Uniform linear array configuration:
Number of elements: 16
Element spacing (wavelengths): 0.25
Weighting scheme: blackman
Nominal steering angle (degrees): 15
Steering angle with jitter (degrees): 13.828
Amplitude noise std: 0.05
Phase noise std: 0.05

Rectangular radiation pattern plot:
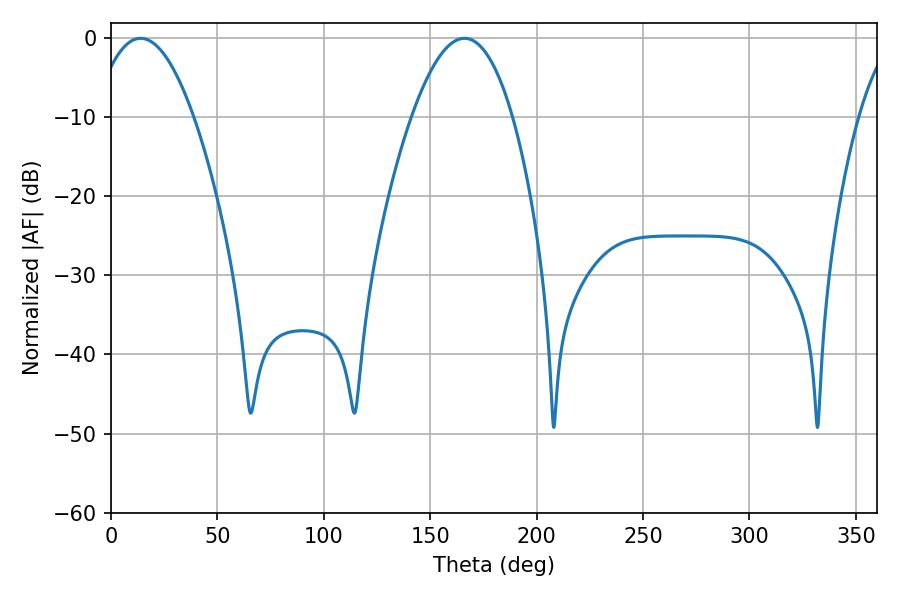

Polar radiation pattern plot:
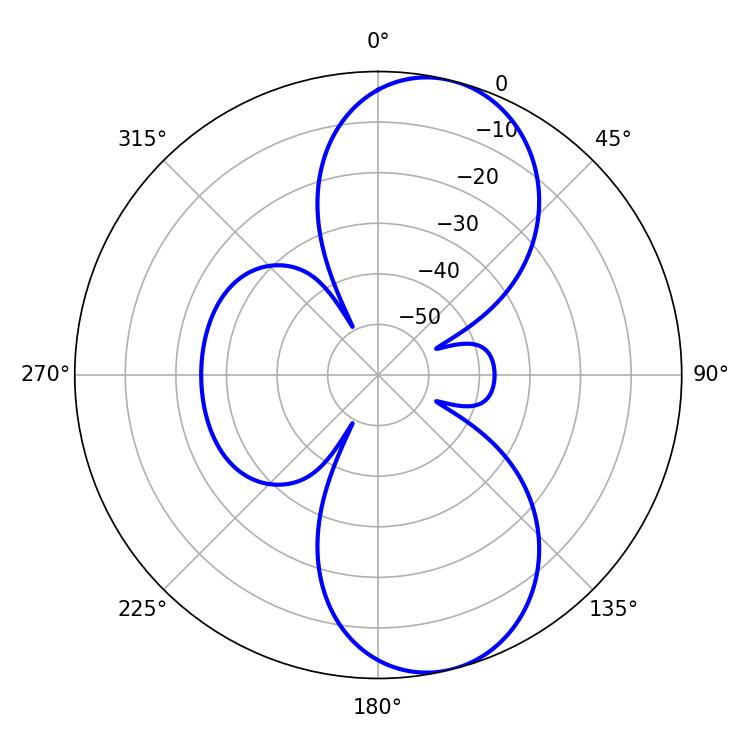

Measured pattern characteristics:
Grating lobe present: FALSE
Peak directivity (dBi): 9.241
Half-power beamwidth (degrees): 26.1
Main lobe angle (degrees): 13.86